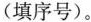
(填序号)。